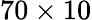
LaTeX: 70\times 10